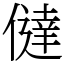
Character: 㒓